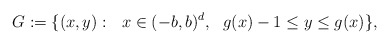
\begin{align*}G:=\{ (x, y):\ \ x\in (-b,b)^{d},\ \ g(x)-1\le y\leq g(x)\},\end{align*}